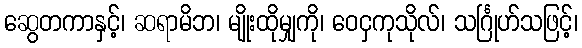
ဆွေတကာနှင့်၊ ဆရာမိဘ၊ မျိုးထိုမျှကို၊ ဝေငှကုသိုလ်၊ သင်္ဂြုဟ်သဖြင့်၊